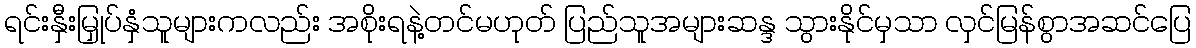
ရင်းနှီးမြှုပ်နှံသူများကလည်း အစိုးရနဲ့တင်မဟုတ် ပြည်သူအများဆန္ဒ သွားနိုင်မှသာ လှင်မြန်စွာအဆင်ပြေ